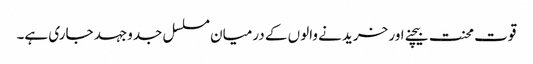
قوت محنت بیچنے اور خریدنے والوں کے درمیان مسلسل جدوجہد جاری ہے۔